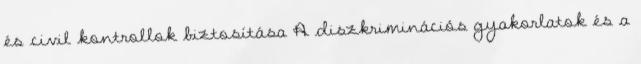
és civil kontrollok biztosítása A diszkriminációs gyakorlatok és a